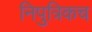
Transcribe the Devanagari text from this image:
निपुत्रिकच